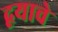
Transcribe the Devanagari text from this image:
द्वयाचे